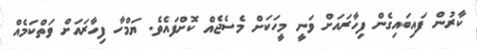
ކާރުން ފައިބައިގެން ފިހާރައަށް ވަނީ މީހަކަށް މެސެޖެއް ކޮށްފައެވެ. ޔަމްހާ ފިހާރައަށް ވަތްކަމެއް